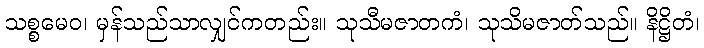
သစ္စမေဝ၊ မှန်သည်သာလျှင်ကတည်း။ သုသီမဇာတကံ၊ သုသိမဇာတ်သည်။ နိဋ္ဌိတံ၊